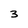
Character: 3